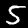
Label: 5